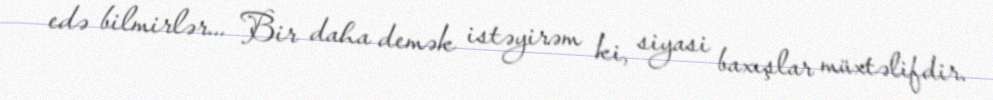
edə bilmirlər... Bir daha demək istəyirəm ki, siyasi baxışlar müxtəlifdir.